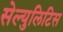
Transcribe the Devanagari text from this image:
सेल्युलिटिस